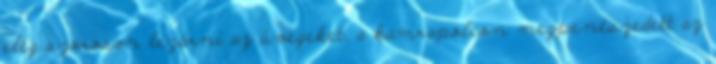
elég szorosan lezárni az üvegeket, a kamrapolcon megpenészedett az